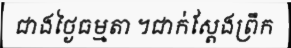
ជាងថ្ងៃធម្មតា ។ជាក់ស្តែងព្រឹក